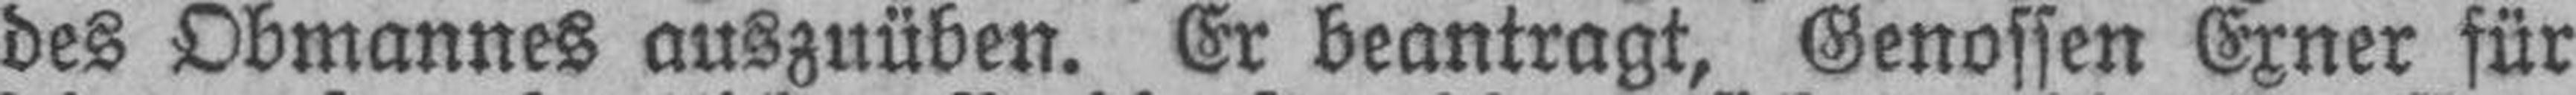
des Obmannes auszuüben. Er beantragt, Genossen Exner für